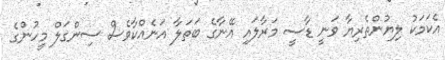
އެކަމަކު ލިޔުންތެރިޔާ ވަނީ ޑާސީ މަރާލައި އޭނާގެ ބަތަލާ އަނެއްކާވެސް ސިންގަލް މީހުންގެ